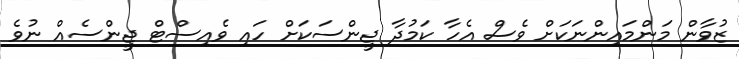
ޒުވާން މަންމައިންނަކަށް ވެސް އެހާ ކަމުދާ ޖީންސަކަށް ހައި ވެއިސްޓް ޖީންސެއް ނުވެ